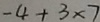
- 4 + 3 \times 7